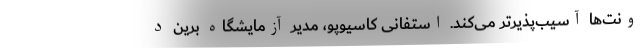
ونت‌ها آسیب‌پذیرتر می‌کند. استفانی کاسیوپو، مدیر آزمایشگاه برین د